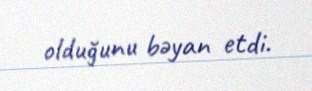
olduğunu bəyan etdi.